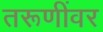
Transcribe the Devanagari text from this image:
तरूणींवर